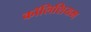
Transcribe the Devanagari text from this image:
कॉलिशियम